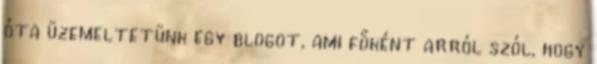
óta üzemeltetünk egy blogot, ami főként arról szól, hogy